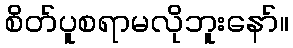
စိတ်ပူစရာမလိုဘူးနော်။